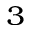
^ 3